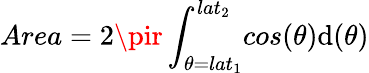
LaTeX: Area=2\pir\int_{\theta=lat_{1}}^{lat_{2}}\! cos(\theta)\mathrm{d}(\theta)